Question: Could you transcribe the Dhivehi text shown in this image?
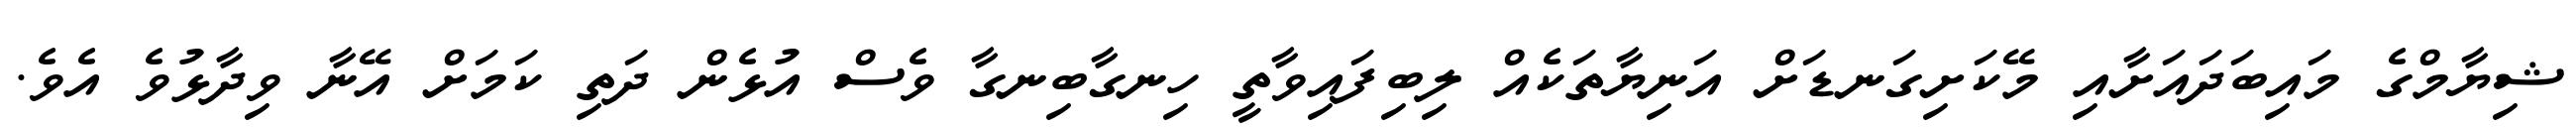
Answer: ޝިޔާމްގެ މައިބަދައަށާއި މޭކަށިގަނޑަށް އަނިޔާތަކެއް ލިބިފައިވާތީ ހިނގާބިނގާ ވެސް އުޅެން ދަތި ކަމަށް އޭނާ ވިދާޅުވެ އެވެ.